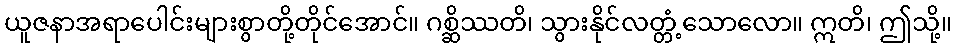
ယူဇနာအရာပေါင်းများစွာတို့တိုင်အောင်။ ဂစ္ဆိဿတိ၊ သွားနိုင်လတ္တံ့သောလော။ ဣတိ၊ ဤသို့။